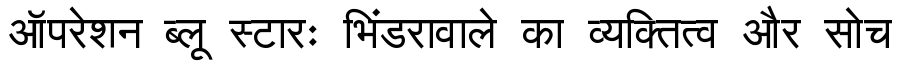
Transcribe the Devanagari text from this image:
ऑपरेशन ब्लू स्टारः भिंडरावाले का व्यक्तित्व और सोच